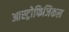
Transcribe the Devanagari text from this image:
आस्ट्रोफिजिकल